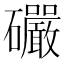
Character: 礹